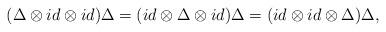
LaTeX: \begin{align*}(\Delta \otimes id\otimes id)\Delta =(id\otimes \Delta \otimes id)\Delta=(id\otimes id\otimes \Delta )\Delta ,\end{align*}